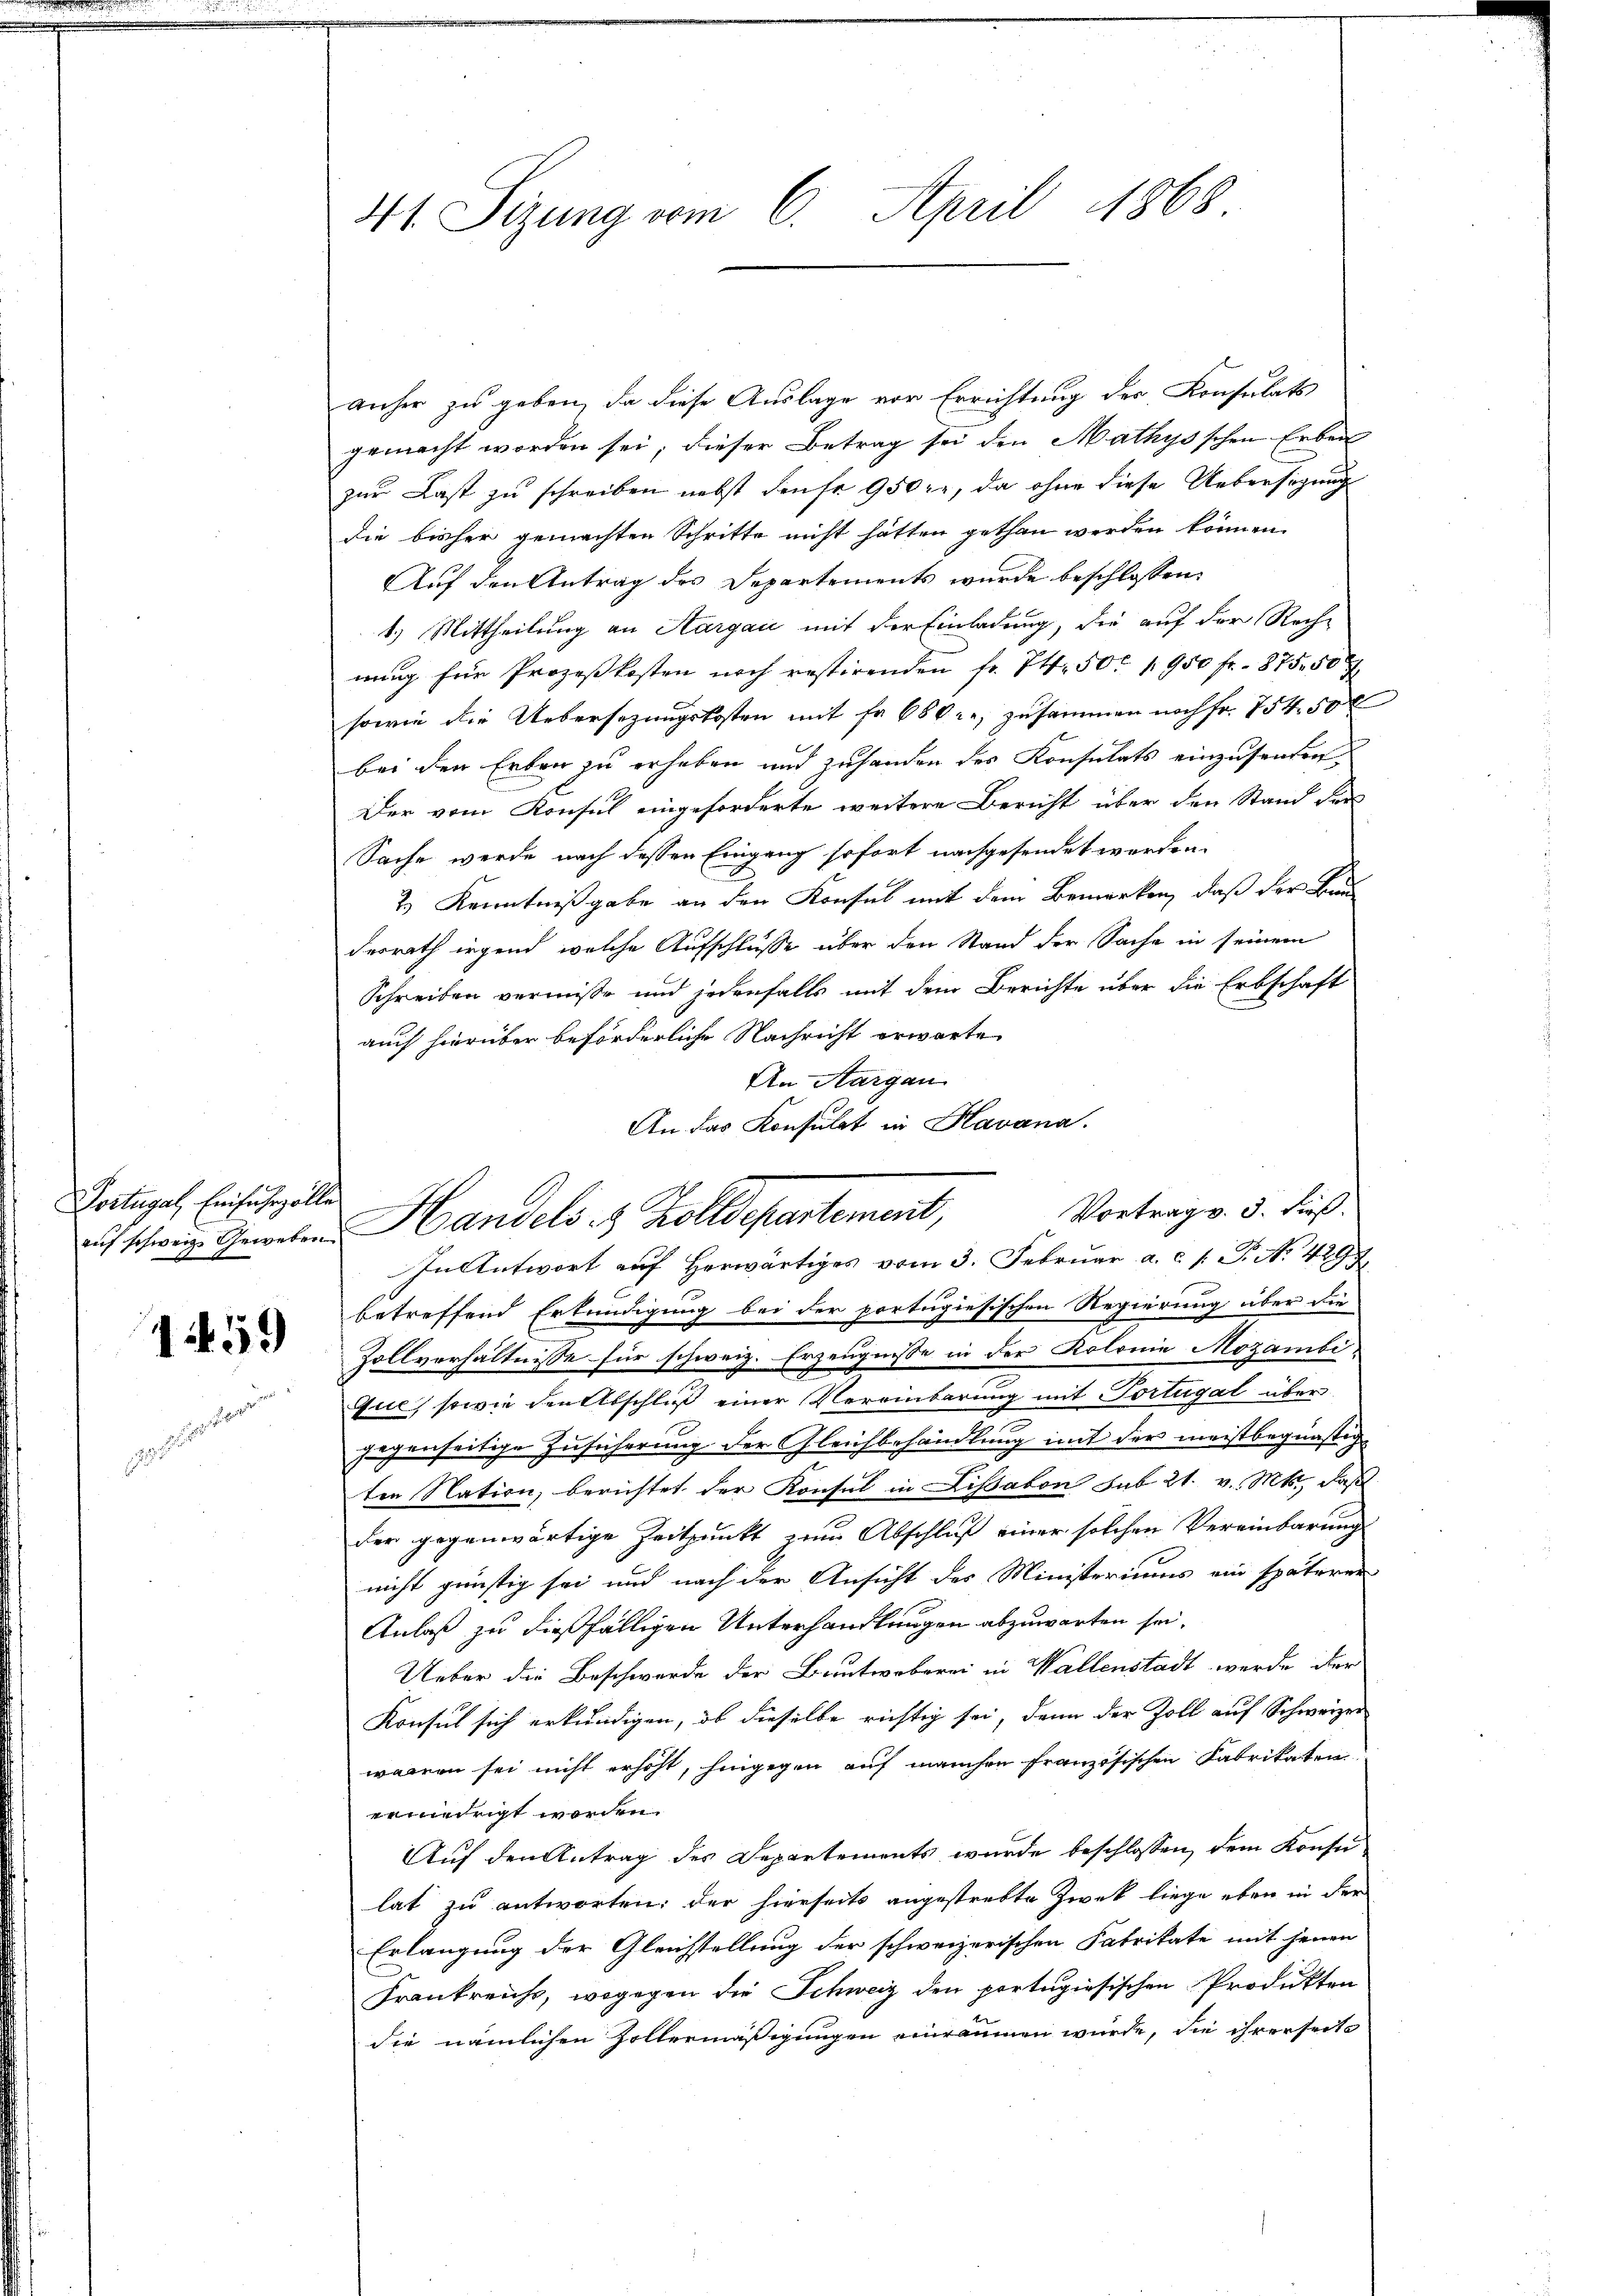
Portugal, Einfuhrzolle

1459

ter

41. Sizung vom 6. April 1868

anher zu geben, da diese Auslage vor Errichtung des Konsulats
gemacht worden sei, dieser Betrag sei den Mathysschen Erbeit
zur Last zu schreiben nebst dense 950 l., da ohne diese Uebersezung
die bisher gemachten Schritte nicht hätten gethan werden können.
Auf den Antrag des Departements wurde beschlossen:
1.) Mittheilung an Aargau mit der Einladung, die auf der Rech-
nung für Prozeßkosten noch restirenden fr. 74. 50. 1950 fr. 875. 50 x
sowie die Uebersezungskosten mit fr. 68 kr zusammen nach Fr. 754. 50 l
bei den Erben zu erheben und zuhanden des Konsulats einzusenden,
Der vom Konsul eingeforderte weitere Bericht über den Stand der
Sache werde nach dessen Eingang sofort nachgesendet werden.
2.) Kenntnißgabe an den Konsul mit dem Bemerken, daß der Bun
derrath irgend welche Aufschlusse über den Stand der Sache in seinem
Schreiben vermiße und jedenfalls mit dem Berichte über die Erbschaft
auch hierüber beförderliche Nachricht erwarte
An Aargau
An das Konsulat in Havana.
In Antwort auf Herwärtiges vom 3. Februar a. c. p. P. N. 4297
betreffend Erkundigung bei der portugiesischen Regierung über die
Zollverhältnisse für schweiz. Erzeugnisse in der Kolonie Mozambi.
Gil, sowie den Abschluß einer Vereinbarung mit Portugal über
gegenseitige Zusicherung der Gleichbehandlung mit der meistbegünstige
ten Nation, berichtet der Konsul in Lissabon sub 21. v. Mts. daß
der gegenwärtige Zeitpunkt zum Abschluß einer solchen Vereinbarung
nicht günstig sei und nach der Ansicht des Ministeriums ein späterer
Anlaß zu dießfälligen Unterhandlungen abzuwarten sei.
Ueber die Beschwerde der Bautwoberei in Wallenstadt werde der
Konsul sich erkundigen, ob dieselbe richtig sei, denn der Zoll auf Schweizer
waren sei nicht erhöht, hingegen auf manchen Französischen Fabrikaten
ermiedrigt worden.
Auf den Antrag des Departements wurde beschlossen, dem Konsu
lat zu antworten: der hierseits angestrebte Zweck liege eben in der
Erlangung der Gleichstellung der schweizerischen Fabrikate mit jenen
Frankreichs, wogegen die Schweiz den portugisischen Produkten
die nämlichen Zollermäßigungen einräumen würde, die ihrerseits

auf sein Geweben Handels 8 Zolldepartement,

Vortrag v. 3. dieß.